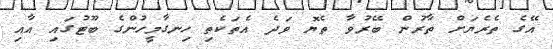
އޭގެ ތެރެޔަށް ތާރުން ބޭރުވާ ތެޔޮ ވަދެ އެތަކެތި ހިނގާމީހުންގެ ބޫޓުގައި އާއި